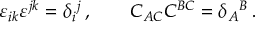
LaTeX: \varepsilon _ { i k } \varepsilon ^ { j k } = \delta _ { i } { } ^ { j } \, , \qquad C _ { A C } C ^ { B C } = \delta _ { A } { } ^ { B } \, .